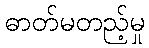
ဓာတ်မတည့်မှု